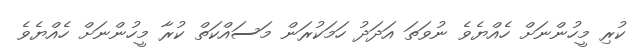
ކުރި މީހުންނަށް ހެއްޔެވެ ނުވަތަ އަދަދު ހަމަކުރަން މަސައްކަތް ކުރާ މީހުންނަށް ހެއްޔެވެ